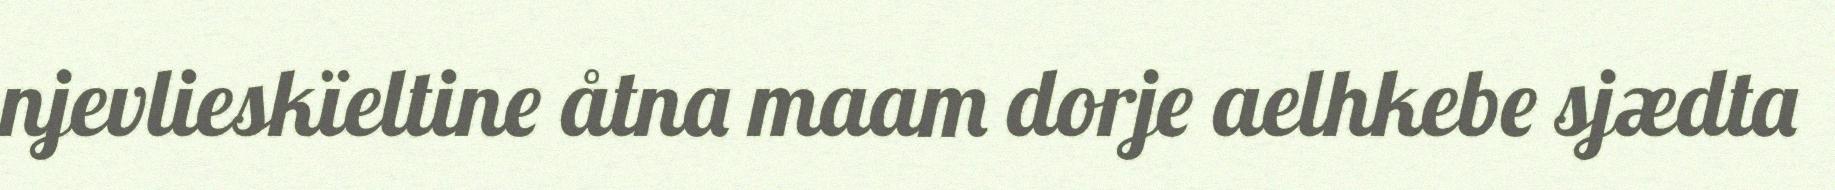
njevlieskïeltine åtna maam dorje aelhkebe sjædta